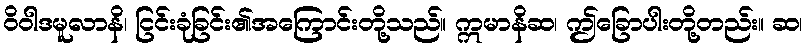
ဝိဝါဒမူလာနိ၊ ငြင်းခုံခြင်း၏အကြောင်းတို့သည်။ ဣမာနိဆ၊ ဤခြောပါးတို့တည်း။ ဆ၊